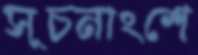
সূচনাংশে